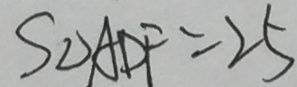
S _ { \Delta A D F } = 2 5